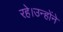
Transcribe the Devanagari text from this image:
रहे।उन्होंने